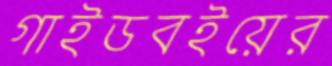
গাইডবইয়ের